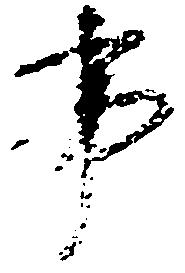
事